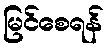
မြင်စေရန်